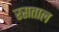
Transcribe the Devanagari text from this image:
रसताल